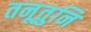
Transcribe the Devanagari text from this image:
तनूतुनि